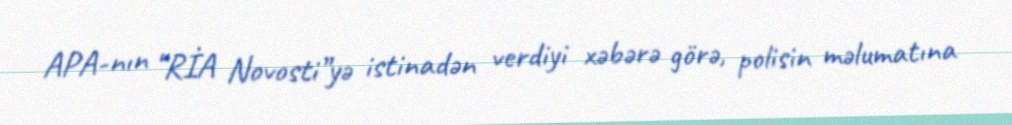
APA-nın “RİA Novosti”yə istinadən verdiyi xəbərə görə, polisin məlumatına